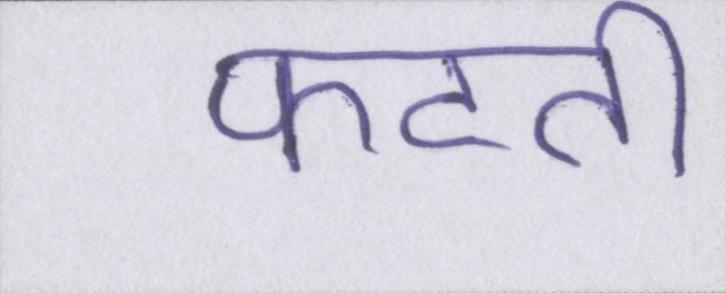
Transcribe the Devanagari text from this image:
फटती